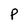
Character: P